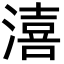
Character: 㵙